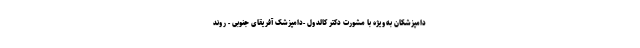
دامپزشکان به‌ویژه با مشورت دکتر کالدول -دامپزشک آفریقای جنوبی - روند